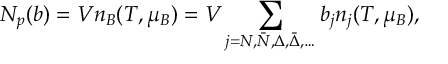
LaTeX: N _ { p } ( b ) = V n _ { B } ( T , \mu _ { B } ) = V \sum _ { j = N , \bar { N } , \Delta , \bar { \Delta } , \dots } b _ { j } n _ { j } ( T , \mu _ { B } ) ,